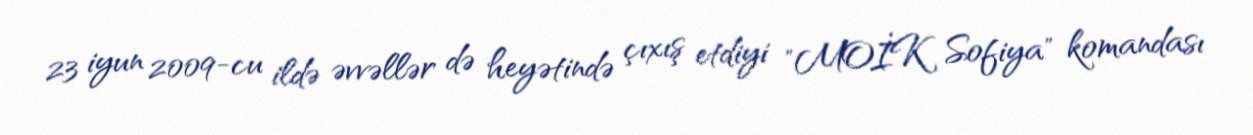
23 iyun 2009-cu ildə əvvəllər də heyətində çıxış etdiyi "MOİK Sofiya" komandası